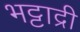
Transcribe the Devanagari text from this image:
भट्टाद्री